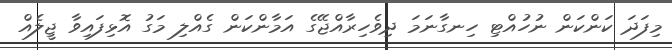
މިފަދަ ކަންކަން ނުހުއްޓި ހިނގާނަމަ ދިވެހިރާއްޖޭގެ އަމާންކަން ގެއްލި މަގު އޮޅިފައިވާ ޖީލެއް